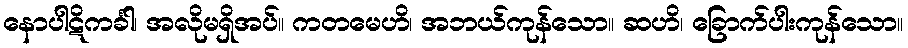
နောပါဋိကင်္ခါ၊ အလိုမရှိအပ်။ ကတမေဟိ၊ အဘယ်ကုန်သော။ ဆဟိ၊ ခြောက်ပါးကုန်သော။